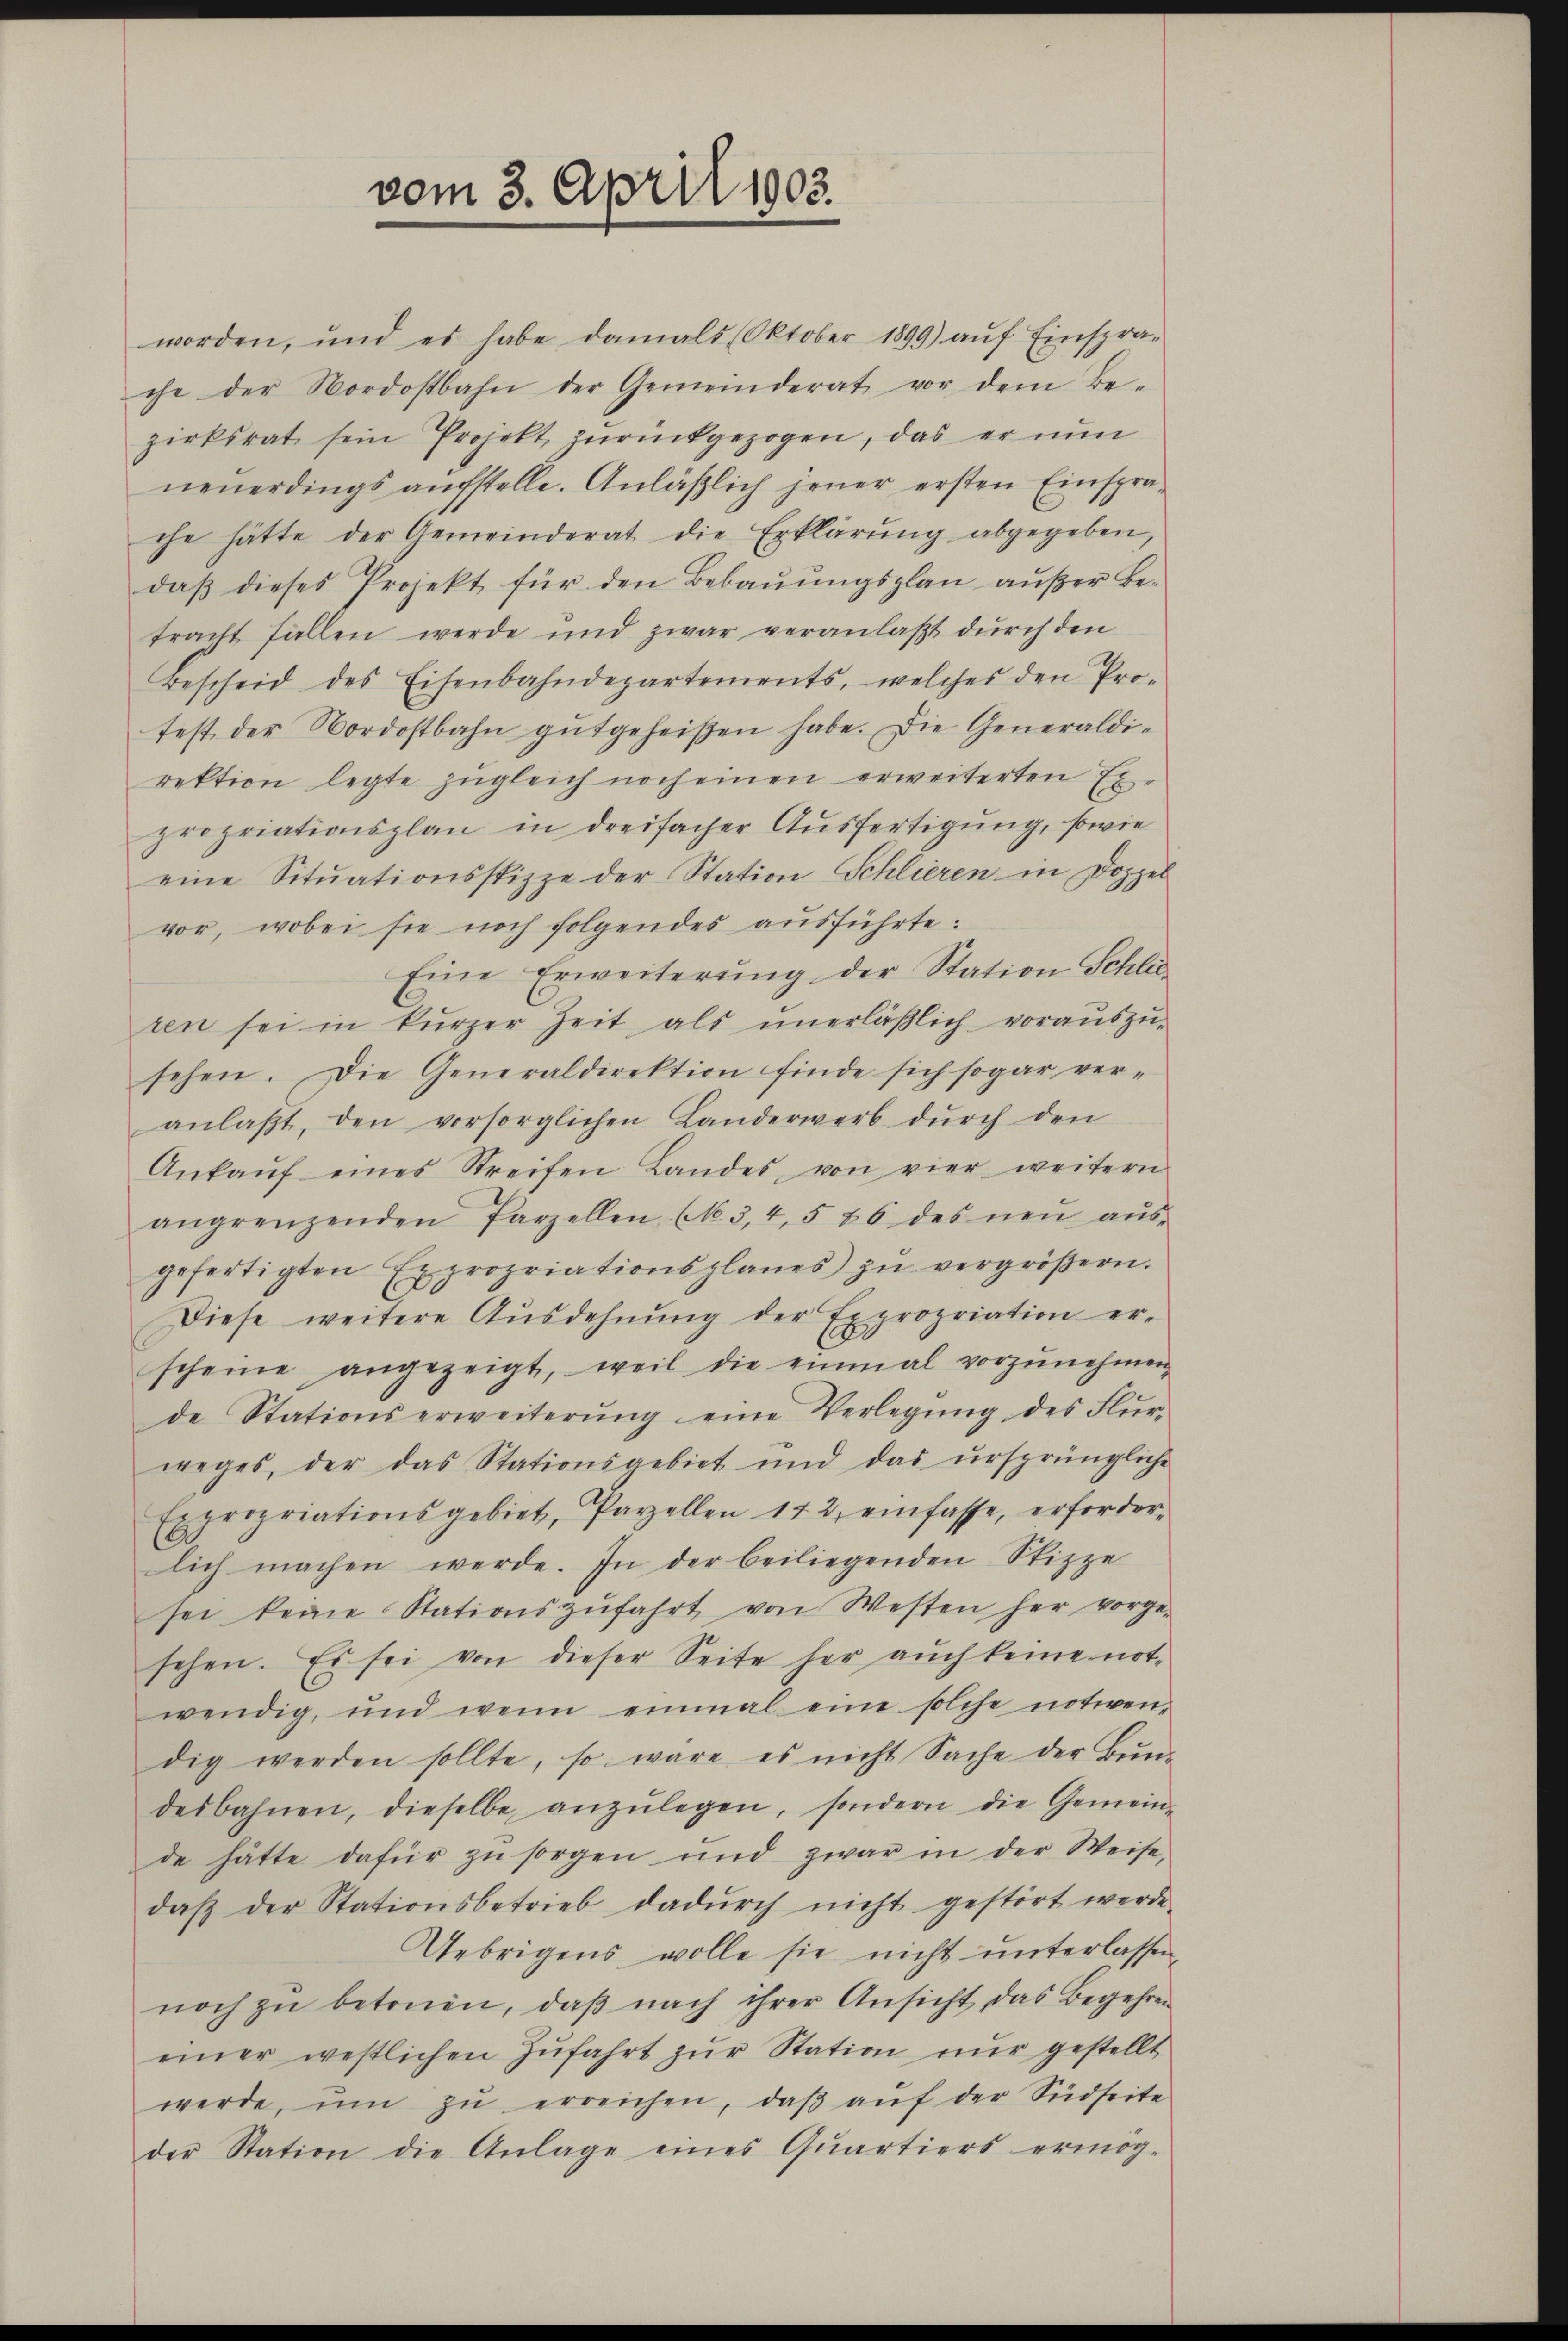
worden, und es habe damals (Oktober 1899) aŭf Einspra-
che der Nordostbahn der Gemeinderat vor dem Be-
zirksrat sein Projekt zŭrückgezogen, das er nun
neuerdings aŭfstelle. Anläβlich jener ersten Einspra-
che hätte der Gemeinderat die Erklärung abgegeben,
daß dieses Projekt für den Bebauungsplan außer Betracht fallen werde und zwar veranlaßt durch den
Bescheid des Eisenbahndepartements, welches den Pro-
fest der Nordostbahn gutgeheißen habe. Die Generaldirektion legte zŭgleich noch einen erweiterten Ex-
propriationsplan in dreifacher Ausfertigung, sowie
eine Sitŭationsspizze der Station Schlieren in Doppel
vor, wobei sie noch folgendes ausführte:
Eine Erweiterŭng der Station Schlie-
ren sei in kürzer Zeit als unerläβlich voraŭszŭ-
sehen. Die Generaldirektion finde sich sogar ver-
anlaßt, den vorsorglichen Landerwerb dŭrch den
Ankaŭf eines Streifen Landes, von vier weitern
angrenzenden Parzellen (M. 3, 4, 5 26 des neŭ aŭs-
gefertigten Expropriationsplanes zŭ vergröβern.
Diese weitere Aŭsdehnŭng der Expropriation er-
scheine angezeigt, weil die einmal vorzŭnehmen
de Stationserweiterŭng eine Verlegŭng des Flur-
weges, der das Stationsgebiet und das ursprüngliche
Expropriationsgebiet, Parzellen 172, einfasse, erforder-
lich machen werde. In der beiliegenden Spizze
sei keine Stationszŭfahrt von Westen her vorge-
sehen. Es sei von dieser Seite her aŭch keine not-
wendig, und wenn einmal eine solche notwen-
dig werden sollte, so wäre es nicht Sache der Bun-
desbahnen, dieselbe anzŭlegen, sondern die Gemein-
de hätte dafür zŭ sorgen und zwar in der Weise-
daβ der Stationsbetrieb dadŭrch nicht gestört werde
Uebrigens wolle sie nicht unterlassen.
noch zŭ betonen, daβ nach ihrer Ansicht das Begehren
einer westlichen Zŭfahrt zŭr Station nŭr gestellt
werde, ŭm zŭ erreichen, daβ aŭf der Südseite
der Station die Anlage eines Qŭartiers ermög-

vom 3. April 1903.